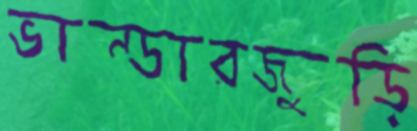
ভান্ডারজুড়ি